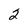
Character: 2